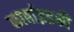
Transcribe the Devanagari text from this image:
कार्बाइडकी